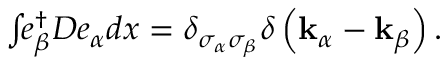
\begin{array} { r } { \int \! \! e _ { \beta } ^ { \dagger } D e _ { \alpha } d \boldsymbol { x } = \delta _ { \sigma _ { \alpha } \sigma _ { \beta } } \delta \left( \mathbf { k } _ { \alpha } - \mathbf { k } _ { \beta } \right) . } \end{array}